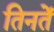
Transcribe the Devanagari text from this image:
तिनतें